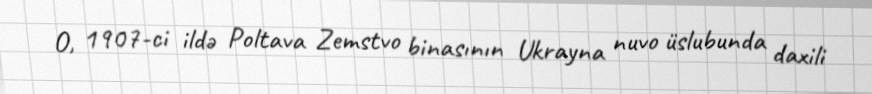
O, 1907-ci ildə Poltava Zemstvo binasının Ukrayna nuvo üslubunda daxili